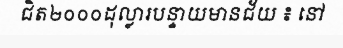
ជិត២០០០ដុល្លារបន្ទាយមានជ័យ ៖ នៅ